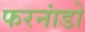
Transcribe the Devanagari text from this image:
फरनांडो